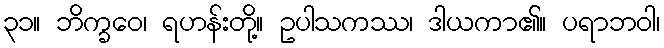
၃၁။ ဘိက္ခဝေ၊ ရဟန်းတို့။ ဥပါသကဿ၊ ဒါယကာ၏။ ပရာဘဝါ၊